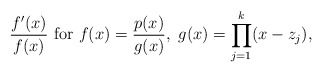
\begin{align*}\frac{f'(x)}{f(x)}~{\rm for}~f(x)=\frac{p(x)}{g(x)},~g(x)=\prod_{j=1}^k(x-z_j),\end{align*}